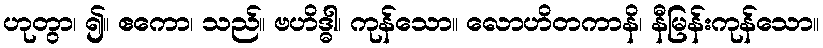
ဟုတွာ၊ ၍။ ဧကော၊ သည်။ ဗဟိဒ္ဓါ၊ ကုန်သော။ လောဟိတကာနိ၊ နီမြန်းကုန်သော။